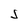
Character: S